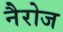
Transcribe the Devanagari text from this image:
नैरोज